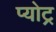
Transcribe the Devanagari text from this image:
प्योट्र